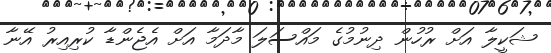
ޝަކީލާ އަށް ރުހުން ދިނުމުގެ މައްސަލަ މާދަމާ އަށް އެޖެންޑާ ކުރިއިރު އޭނާ